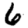
Digit: 6